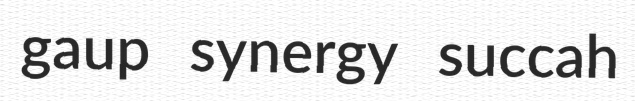
gaup synergy succah